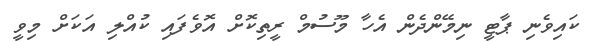
ކައިވެނި ޕާޓީ ނިމޭންދެން އެހާ މޫސުމް ރީތިކޮށް އޮވެފައި ކުއްލި އަކަށް މިވީ